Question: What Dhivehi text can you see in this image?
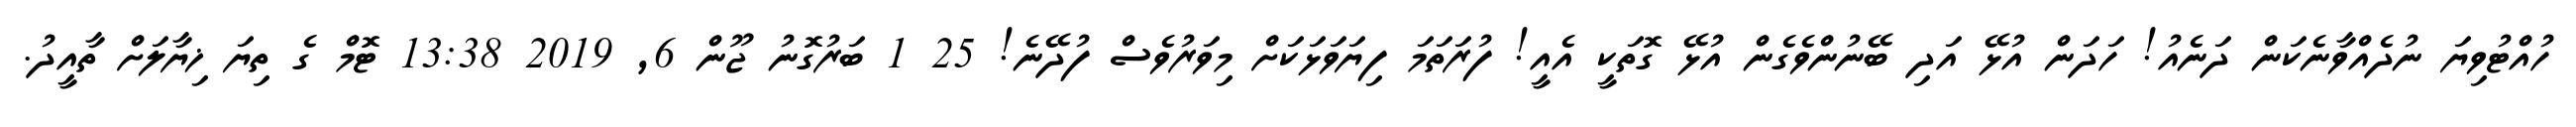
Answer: ހުއްޓުވިޔަ ނުދެއްވާނެކަން ދަނެއު! ހަދަން އުޅޭ އަދި ބޭނުންވެގެން އުޅޭ ގޮތަކީ އެއީ! ފުރަތަމަ ފިޔަވަޅަކަށް މިވަރުވެސް ފުދޭނެ! 25 1 ބަރުގޮނު ޖޫން 6, 2019 13:38 ޓޮމް ގެ ތިޔަ ޚިޔާލަށް ތާއީދު.